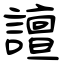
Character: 譠